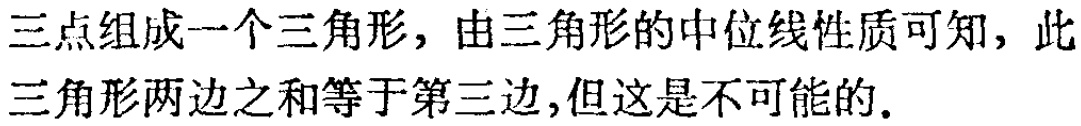
三点组成一个三角形，由三角形的中位线性质可知，此三角形两边之和等于第三边,但这是不可能的.